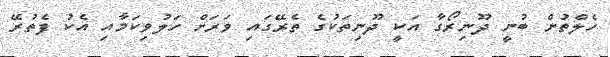
ހެލްތުން ބުނީ ދޫނިރޯގާ އަކީ ދޫނިތަކުގެ ތެރޭގައި ވަރަށް ހަލުވިކަމާއި އެކު ފެތުރޭ